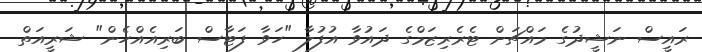
ރައީސް ނަޝީދުގެ މައްޗަށް ޓެރެރިޒަމްގެ ދައުވާ އުފުލާ "ހަވާ ފަޓާސް ބަރިއެއްހެން" ޝަރީއަތް